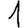
Digit: 1